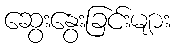
ဆွေးနွေးခြင်းများ